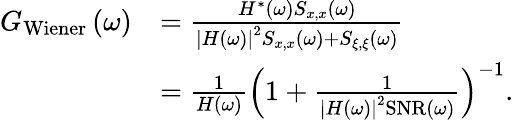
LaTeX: \begin{array}{r}{\begin{array}{rl}{G_{\mathrm{Wiener}}\left(\omega\right)}&{=\frac{H^{*}\left(\omega\right)S_{x,x}\left(\omega\right)}{\left|H\left(\omega\right)\right|^{2}S_{x,x}\left(\omega\right)+S_{\xi,\xi}\left(\omega\right)}}\\ &{=\frac{1}{H\left(\omega\right)}\left(1+\frac{1}{\left|H\left(\omega\right)\right|^{2}\mathrm{SNR}\left(\omega\right)}\right)^{-1}.}\end{array}}\end{array}